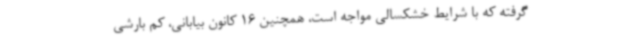
گرفته که با شرایط خشکسالی مواجه است، همچنین 16 کانون بیابانی، کم بارشی